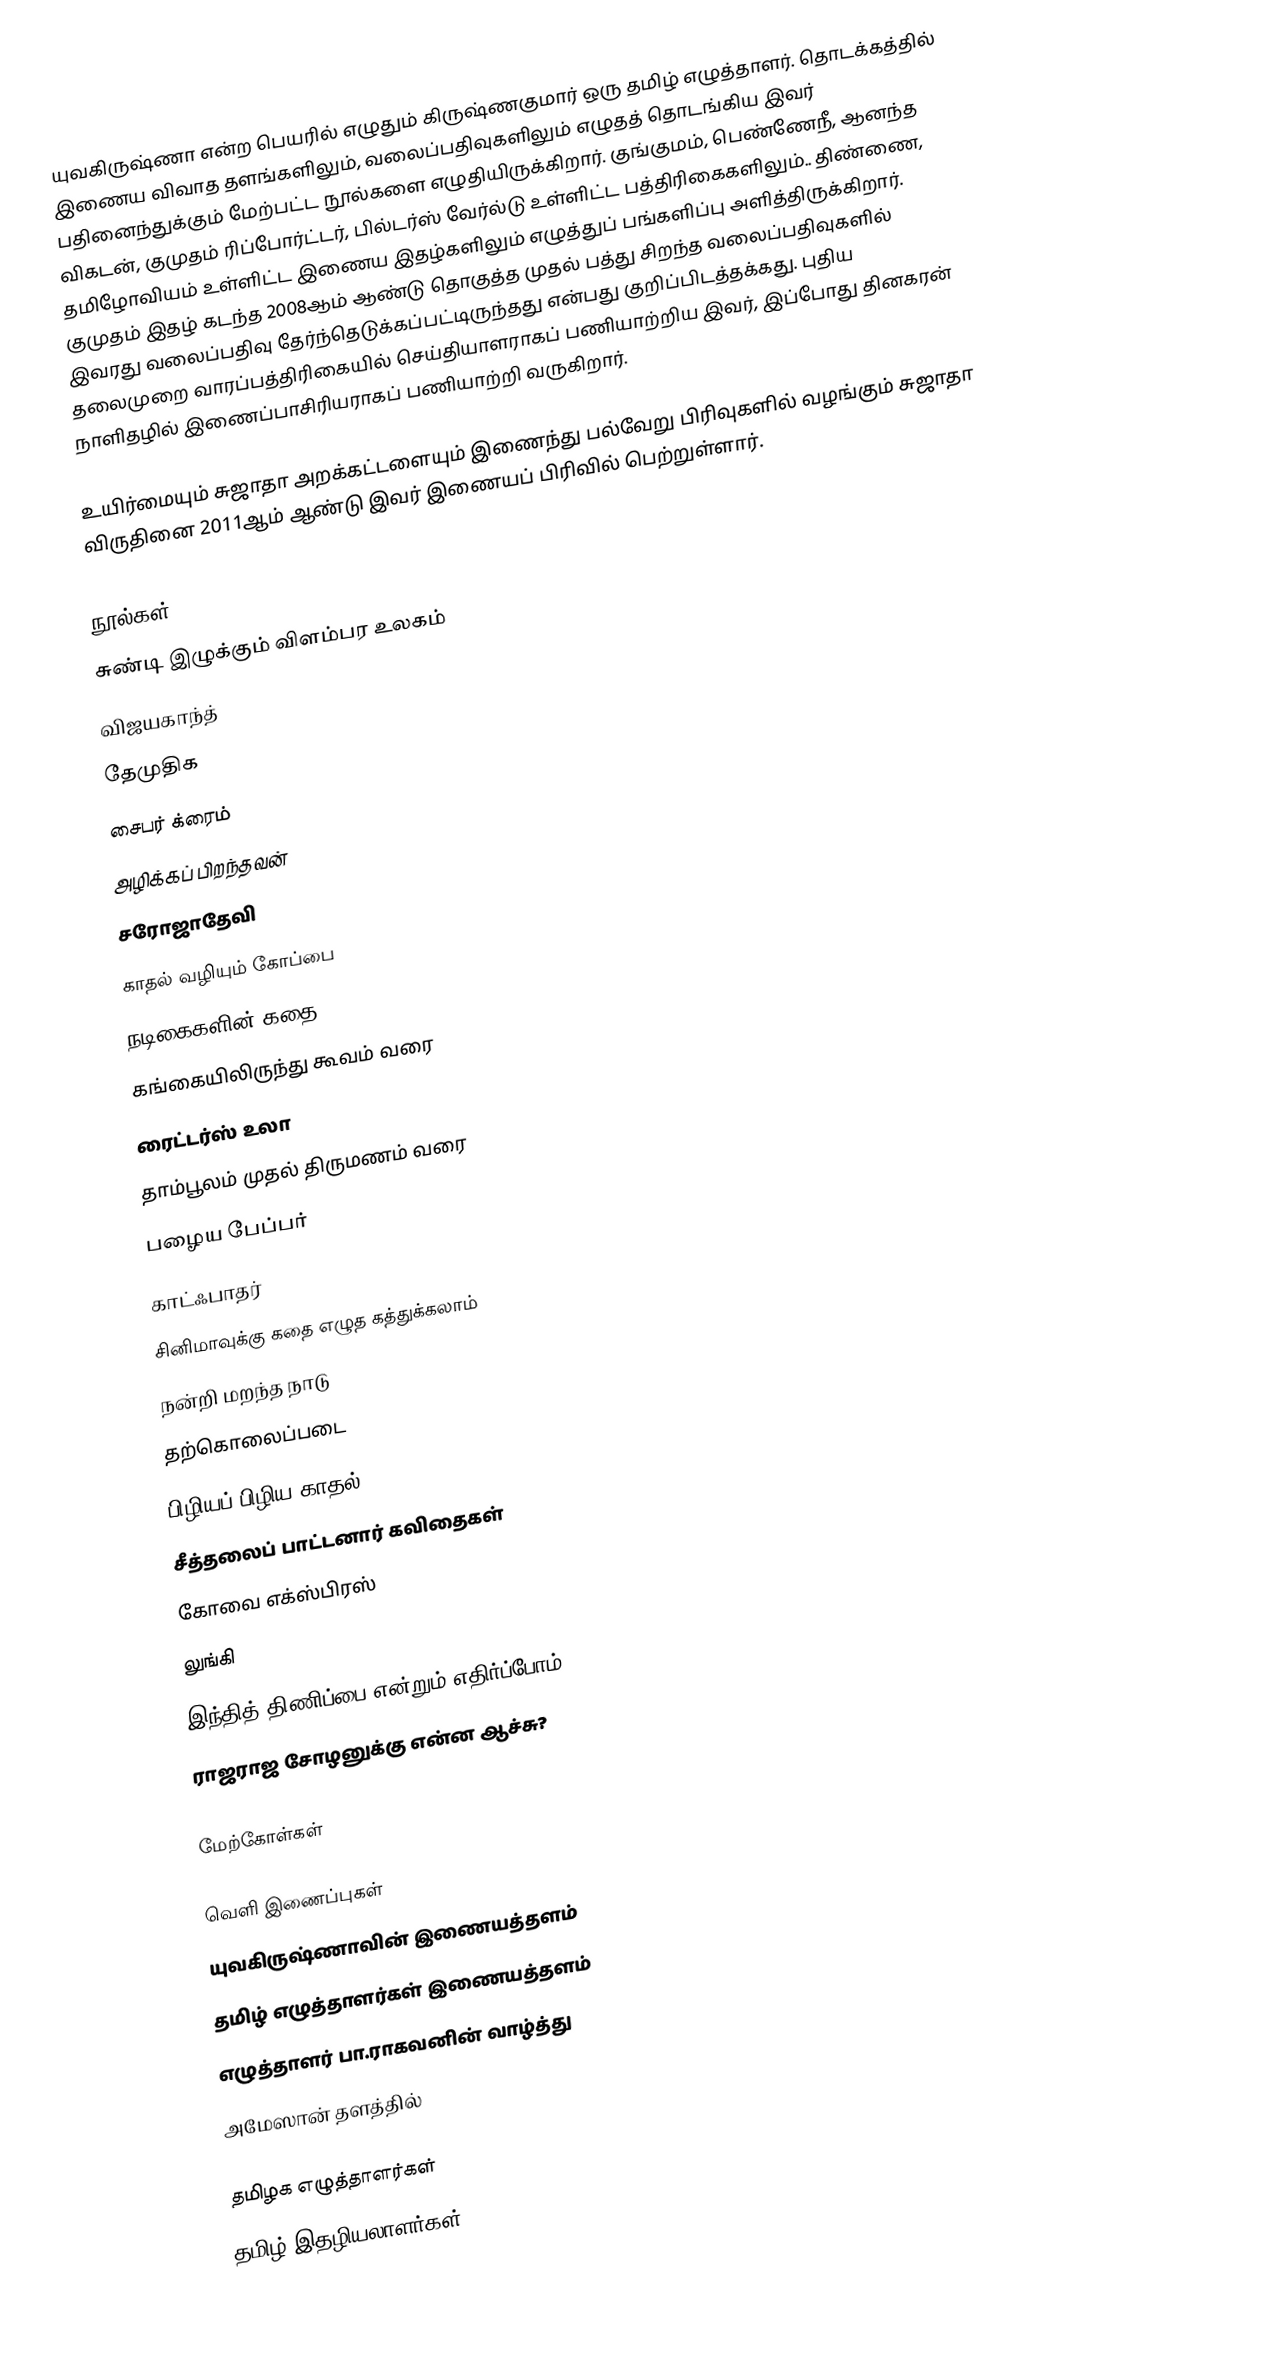
யுவகிருஷ்ணா என்ற பெயரில் எழுதும் கிருஷ்ணகுமார் ஒரு தமிழ் எழுத்தாளர். தொடக்கத்தில் இணைய விவாத தளங்களிலும், வலைப்பதிவுகளிலும் எழுதத் தொடங்கிய இவர் பதினைந்துக்கும் மேற்பட்ட நூல்களை எழுதியிருக்கிறார். குங்குமம், பெண்ணேநீ, ஆனந்த விகடன், குமுதம் ரிப்போர்ட்டர், பில்டர்ஸ் வேர்ல்டு உள்ளிட்ட பத்திரிகைகளிலும்.. திண்ணை, தமிழோவியம் உள்ளிட்ட இணைய இதழ்களிலும் எழுத்துப் பங்களிப்பு அளித்திருக்கிறார். குமுதம் இதழ் கடந்த 2008ஆம் ஆண்டு தொகுத்த முதல் பத்து சிறந்த வலைப்பதிவுகளில் இவரது வலைப்பதிவு தேர்ந்தெடுக்கப்பட்டிருந்தது என்பது குறிப்பிடத்தக்கது. புதிய தலைமுறை வாரப்பத்திரிகையில் செய்தியாளராகப் பணியாற்றிய இவர், இப்போது தினகரன் நாளிதழில் இணைப்பாசிரியராகப் பணியாற்றி வருகிறார்.

உயிர்மையும் சுஜாதா அறக்கட்டளையும் இணைந்து பல்வேறு பிரிவுகளில் வழங்கும் சுஜாதா விருதினை 2011ஆம் ஆண்டு இவர் இணையப் பிரிவில் பெற்றுள்ளார்.

நூல்கள்
 சுண்டி இழுக்கும் விளம்பர உலகம்
 விஜயகாந்த்
 தேமுதிக
 சைபர் க்ரைம்
 அழிக்கப் பிறந்தவன்
சரோஜாதேவி
காதல் வழியும் கோப்பை
நடிகைகளின் கதை
கங்கையிலிருந்து கூவம் வரை
ரைட்டர்ஸ் உலா
தாம்பூலம் முதல் திருமணம் வரை
பழைய பேப்பர்
காட்ஃபாதர்
சினிமாவுக்கு கதை எழுத கத்துக்கலாம்
நன்றி மறந்த நாடு
தற்கொலைப்படை
பிழியப் பிழிய காதல்
சீத்தலைப் பாட்டனார் கவிதைகள்
கோவை எக்ஸ்பிரஸ்
லுங்கி
இந்தித் திணிப்பை என்றும் எதிர்ப்போம்
ராஜராஜ சோழனுக்கு என்ன ஆச்சு?

மேற்கோள்கள்

வெளி இணைப்புகள்
 யுவகிருஷ்ணாவின் இணையத்தளம்
 தமிழ் எழுத்தாளர்கள் இணையத்தளம்
 எழுத்தாளர் பா.ராகவனின் வாழ்த்து
அமேஸான் தளத்தில்

தமிழக எழுத்தாளர்கள்
தமிழ் இதழியலாளர்கள்